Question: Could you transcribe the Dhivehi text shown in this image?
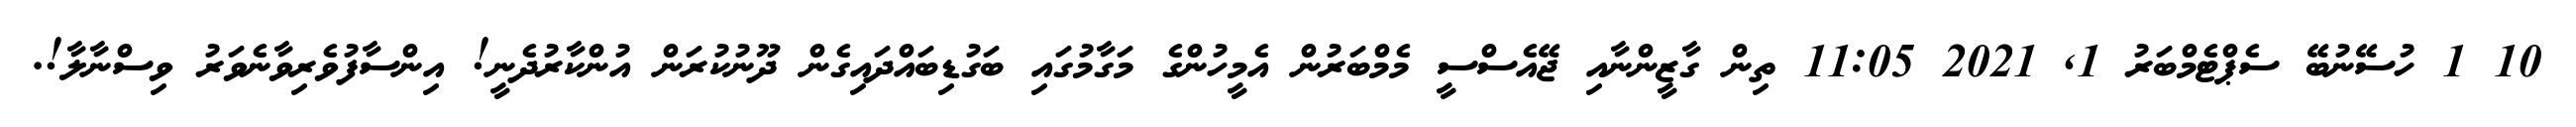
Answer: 10 1 ހުސޭނުބޭ ސެޕްޓެމްބަރު 1, 2021 11:05 ތިން ގާޒީންނާއި ޖޭއެސްސީ މެމްބަރުން އެމީހުންގެ މަގާމުގައި ބަގުޑިބައްދައިގެން ދޫނުކުރަން އުންކާރުދެނީ! އިންސާފުވެރިވާނެވަރު ވިސްނާލާ!.